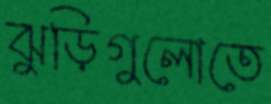
ঝুড়িগুলোতে